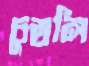
চুম্‌রলি